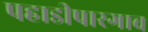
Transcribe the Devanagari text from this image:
पहाडीपारगाव